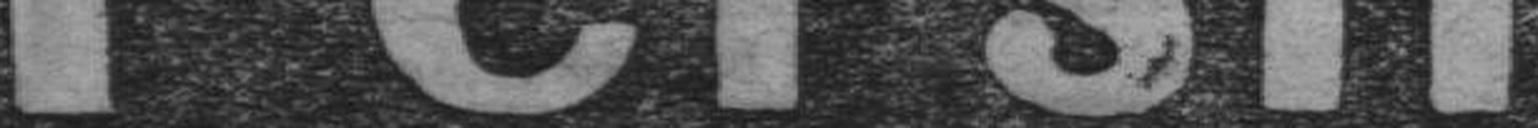
Persil